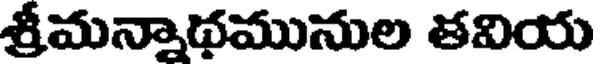
శ్రీమన్నాథమునుల తవియ